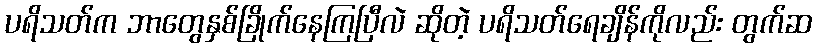
ပရိသတ်က ဘာတွေနှစ်ခြိုက်နေကြပြီလဲ ဆိုတဲ့ ပရိသတ်ရေချိန်ကိုလည်း တွက်ဆ